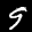
Label: 9